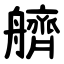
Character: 艩